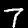
Digit: 7